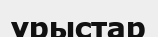
ұрыстар